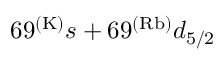
6 9 ^ { ( \mathrm { K ) } } s + 6 9 ^ { ( \mathrm { R b ) } } d _ { 5 / 2 }